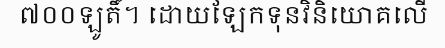
៧០០ឡូតិ៍។ ដោយឡែកទុនវិនិយោគលើ